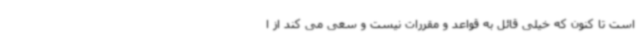
است تا کنون که خیلی قائل به قواعد و مقررات نیست و سعی می کند از ا